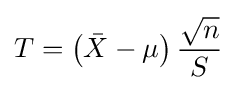
T=\left({\bar {X}}-\mu \right){\frac {\sqrt {n}}{S}}